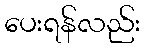
ပေးရန်လည်း